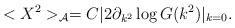
LaTeX: \begin{align*}<X^{2}>_{\cal{A}}= C|2\partial_{k^{2}} \log G(k^{2})|_{k=0}.\end{align*}